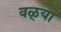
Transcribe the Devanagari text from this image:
वळ्या